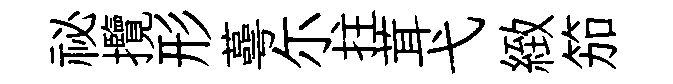
祕攬形蕚尓拄茸弋緻笳